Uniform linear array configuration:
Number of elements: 12
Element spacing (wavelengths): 0.25
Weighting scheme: uniform
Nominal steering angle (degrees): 30
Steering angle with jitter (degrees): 28.229
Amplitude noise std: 0.05
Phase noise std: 0.05

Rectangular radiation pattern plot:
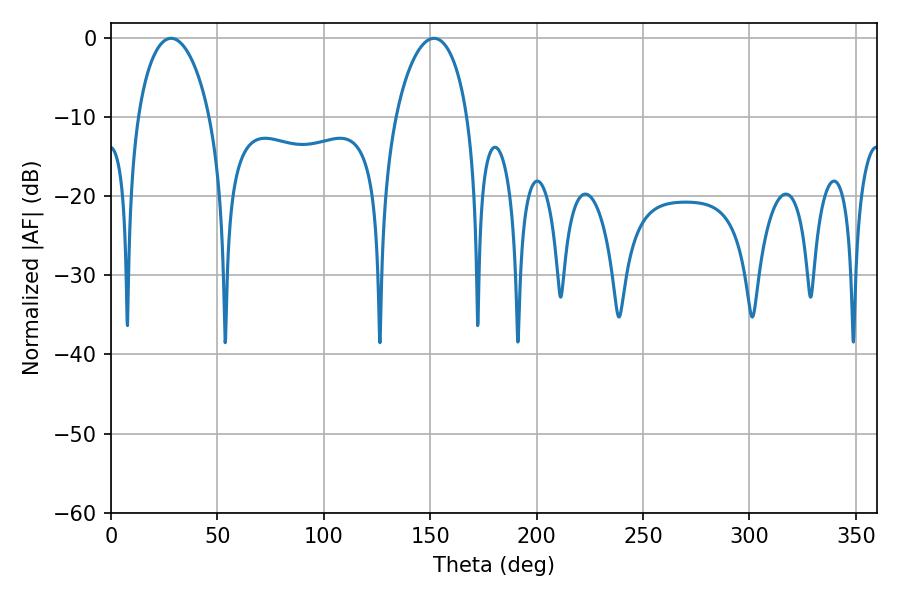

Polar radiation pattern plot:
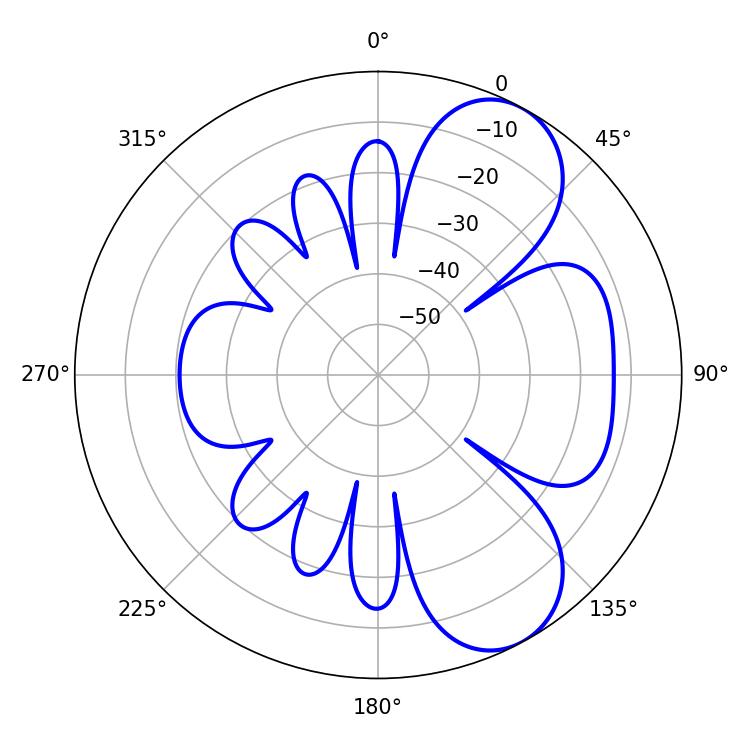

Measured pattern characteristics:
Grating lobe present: FALSE
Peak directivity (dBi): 7.277
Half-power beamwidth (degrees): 19.44
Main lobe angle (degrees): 28.26